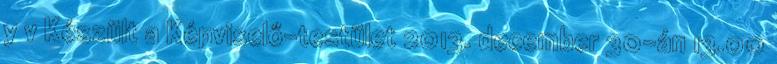
y v Készült a Képviselő-testület 2013. december 30-án 13.00